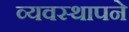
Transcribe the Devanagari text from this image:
व्यवस्थापने